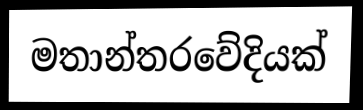
මතාන්තරවේදියක්